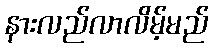
နားလည်လာလိမ့်မည်